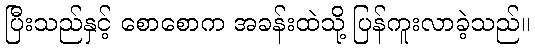
ပြီးသည်နှင့် စောစောက အခန်းထဲသို့ ပြန်ကူးလာခဲ့သည်။